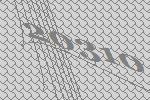
20310